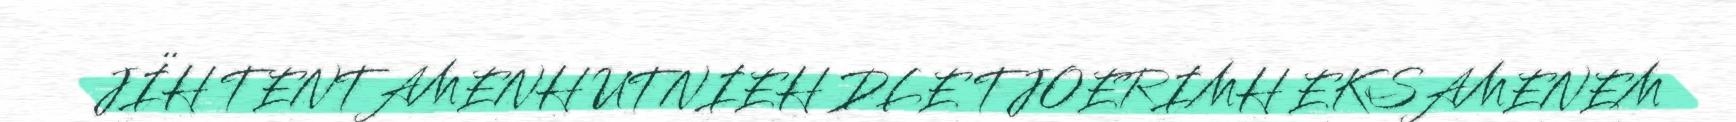
JÏH TENTAMENH UTNIEH DLE TJOERIMH EKSAMENEM